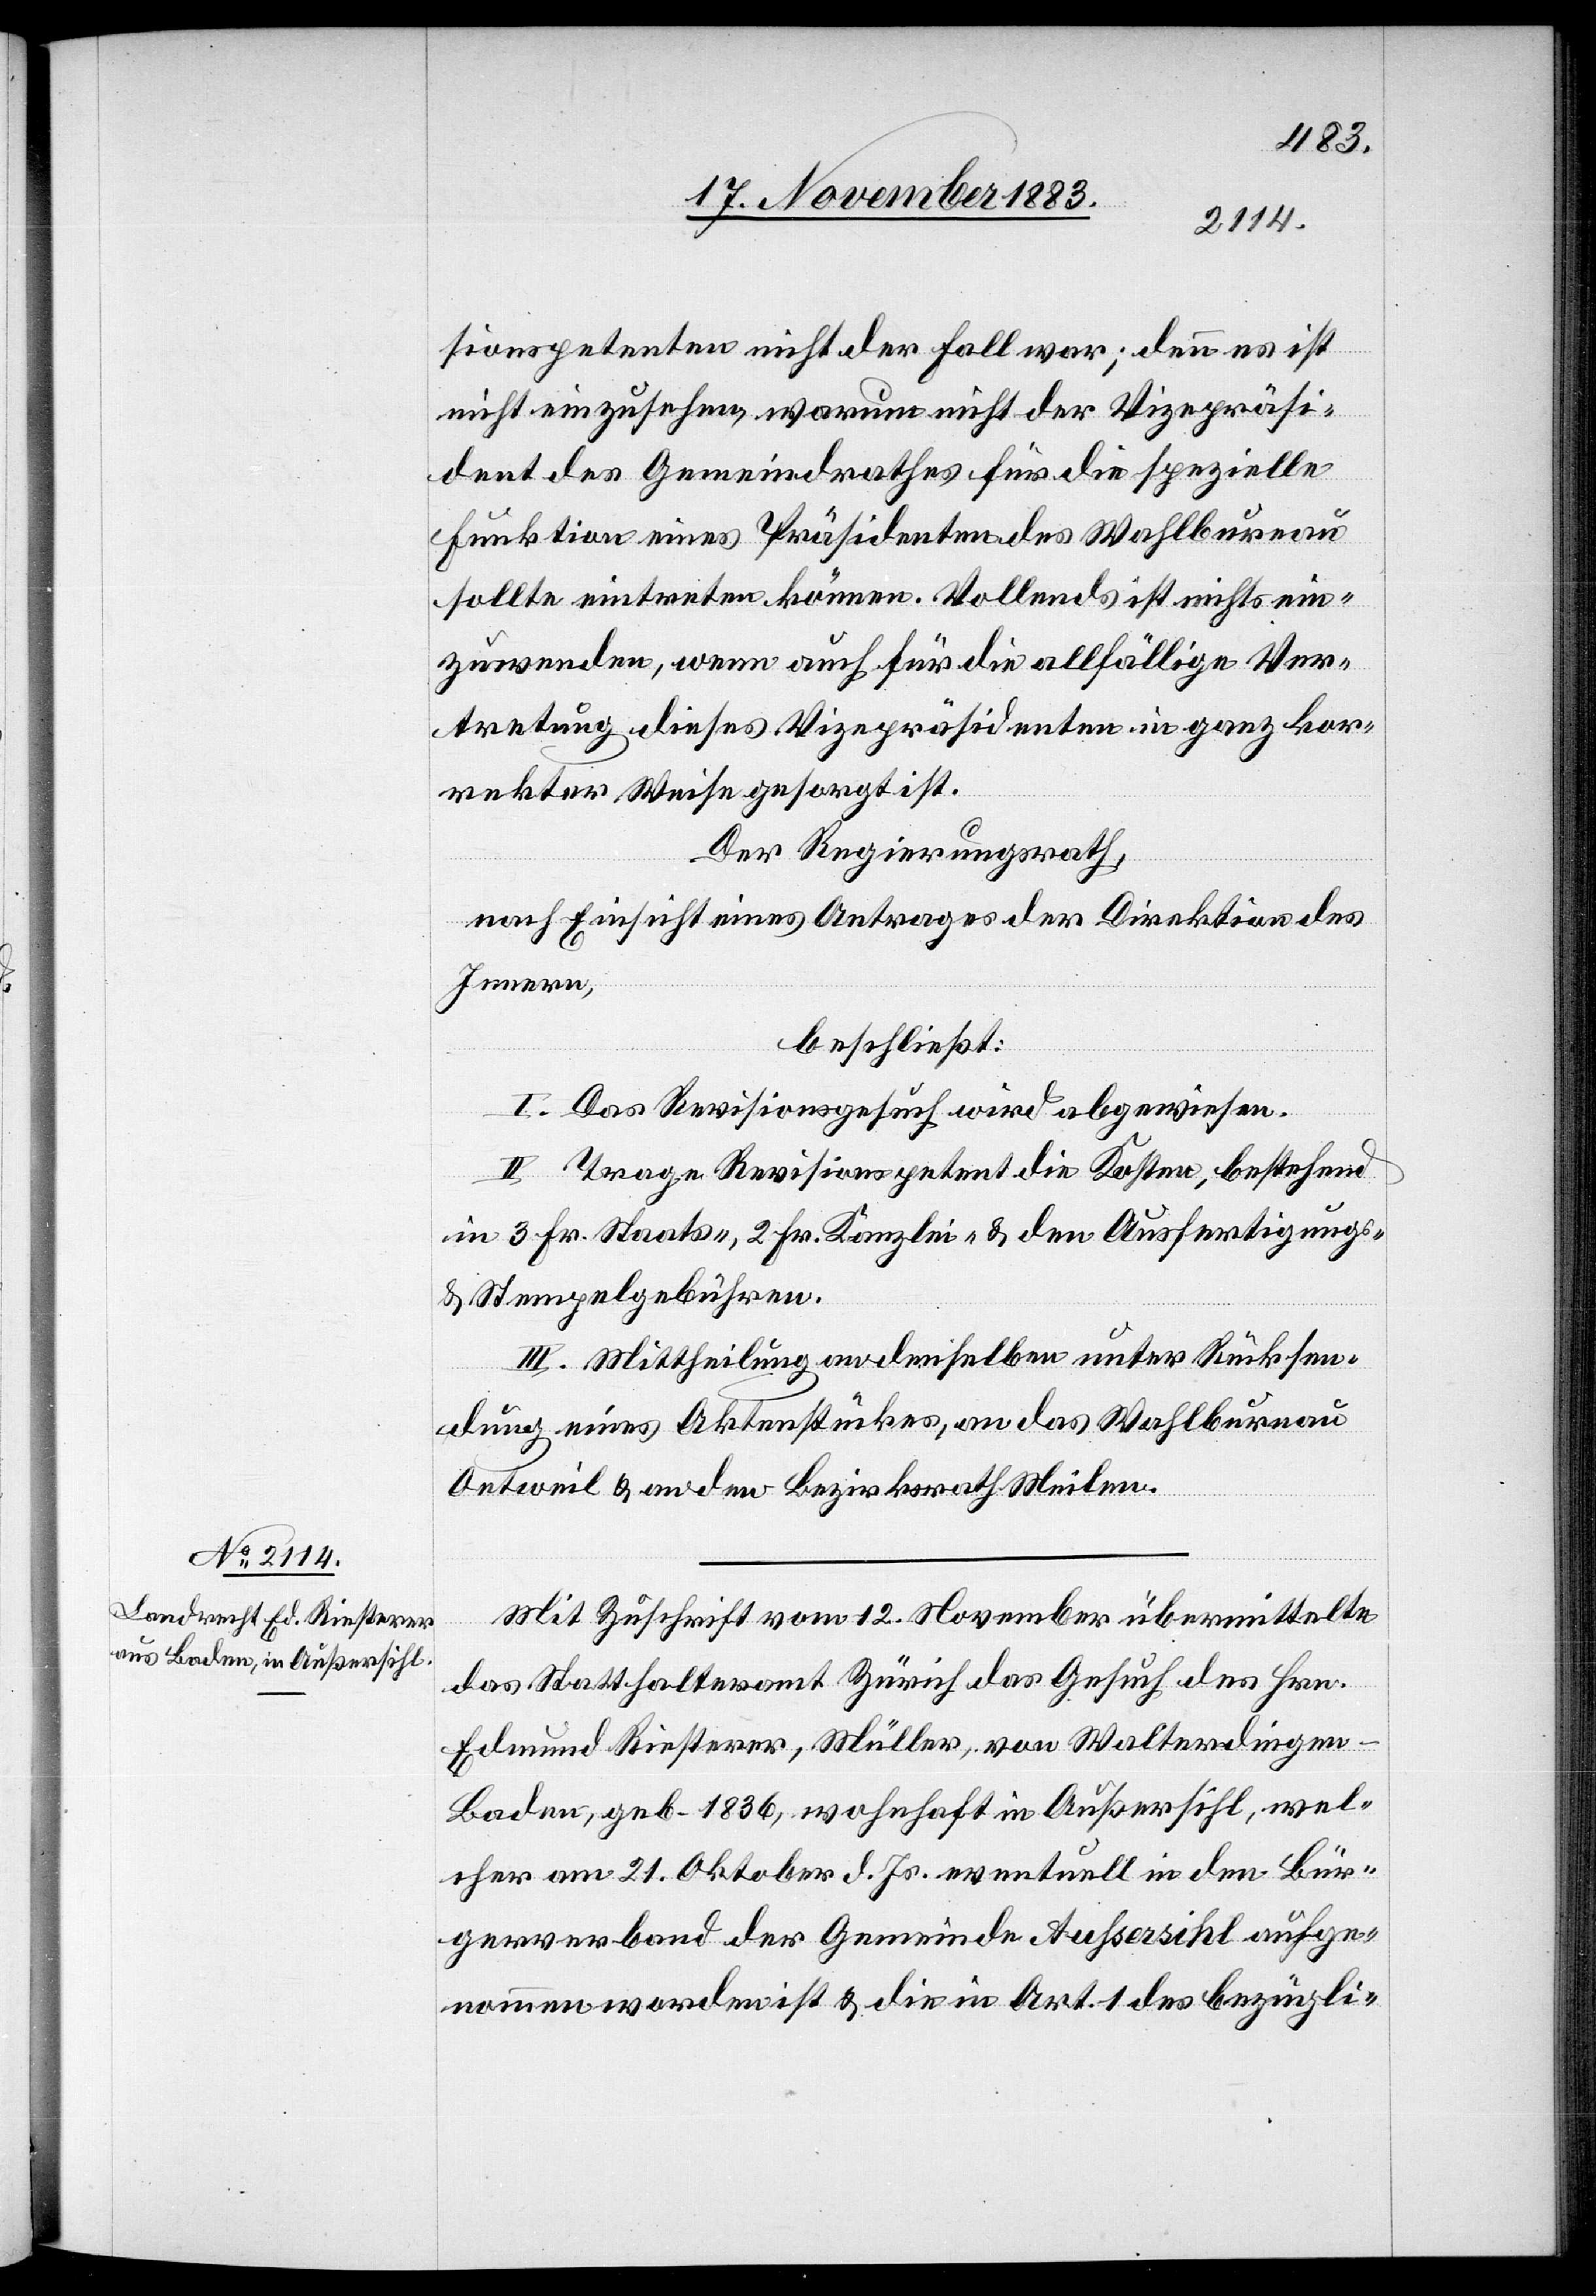
sionspetenten nicht der Fall war; denn es ist
nicht einzusehen, warum nicht der Vizepräsi¬
dent des Gemeindrathes für die spezielle
Funktion eines Präsidenten des Wahlbureau
sollte eintreten können. Vollends ist nichts ein¬
zuwenden, wenn auch für die allfällige Ver¬
tretung dieses Vizepräsidenten in ganz kor¬
rekter Weise gesorgt ist.
Der Regierungsrath,
nach Einsicht eines Antrages der Direktion des
Innern,
beschließt:
I. Das Revisionsgesuch wird abgewiesen.
II. Trage Revisionspetent die Kosten, bestehend
in 3 Fr. Staats-, 2 Fr. Kanzlei- & den Ausfertigungs-
& Stempelgebühren.
III. Mittheilung an denselben unter Rücksen¬
dung eines Aktenstückes, an das Wahlbureau
Oetweil & an den Bezirksrath Meilen.
Mit Zuschrift vom 12. November übermittelte
das Statthalteramt Zürich das Gesuch des Hrn.
Edmund Riesterer, Müller, von Walterdingen
Baden, geb. 1836, wohnhaft in Außersihl, wel¬
cher am 21. Oktober d. Js. eventuell in den Bür¬
gerverband der Gemeinde Außersihl aufge¬
nommen worden ist & die in Art. 1 des bezügli-